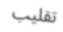
تقليب